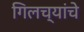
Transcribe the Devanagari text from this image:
गिलच्यांचे